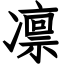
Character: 凛